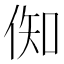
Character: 倁